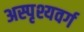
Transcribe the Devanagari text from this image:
अस्पृश्यवर्ग